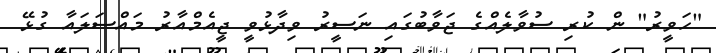
"ހަވީރު" ން ކުރި ސުވާލެއްގެ ޖަވާބުގައި ނަސީރު ވިދާޅުވީ ޖީއެމްއާރު މައްސަލައާ ގުޅޭ